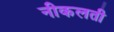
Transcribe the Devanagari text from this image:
नीकलती